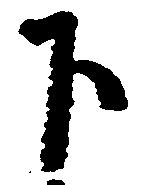
下